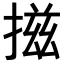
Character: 𢰩